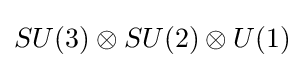
SU(3)\otimes SU(2)\otimes U(1)